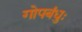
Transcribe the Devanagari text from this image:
गोपबंधुः